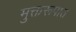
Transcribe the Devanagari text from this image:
मुक्तरूपात